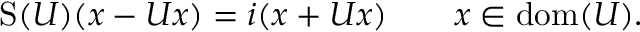
\operatorname { S } ( U ) ( x - U x ) = i ( x + U x ) \qquad x \in \operatorname { d o m } ( U ) .